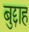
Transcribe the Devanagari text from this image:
बुद्दाह